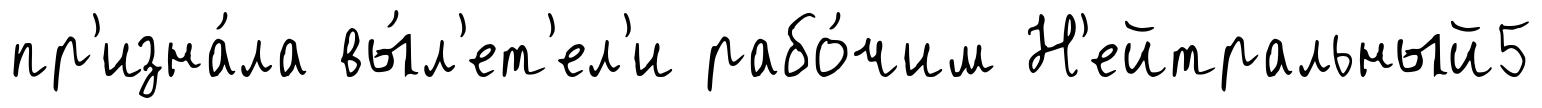
пр'изна́ла вы́л'ет'ел'и рабо́чим Н'ейтральный5